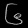
Digit: ၆